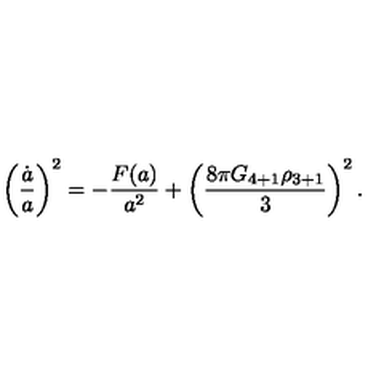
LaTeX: \left( { \frac { \dot { a } } { a } } \right) ^ { 2 } = - { \frac { F ( a ) } { a ^ { 2 } } } + \left( { \frac { 8 \pi G _ { 4 + 1 } \rho _ { 3 + 1 } } { 3 } } \right) ^ { 2 } .